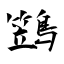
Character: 鷑